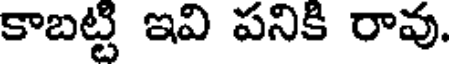
కాబట్టి ఇవి పనికి రావు.